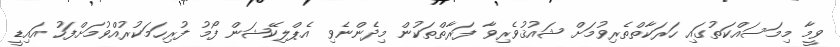
ވީމާ މިމަސައްކަތުގައި ހަރަކާތްތެރިވުމަށް ޝައުޤުވެރިވާ ފަރާތްތަކުން މިދެންނެވި އެޕްލިކޭޝަން ފޯމު ފުރިހަމަކުރުއްވުމަށްފަހު އައިޑީ